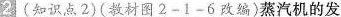
2(知识点2)(教材图2-1-6改编)蒸汽机的发